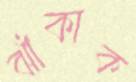
ঝাঁকাক